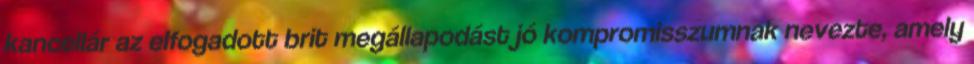
kancellár az elfogadott brit megállapodást jó kompromisszumnak nevezte, amely